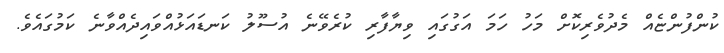
ކުންފުންޏެއް މެދުވެރިކޮށް މަހު ހަމަ އަގުގައި ވިޔާފާރި ކުރެވޭނެ އުސޫލު ކަނޑައަޅުއްވައިދެއްވާނެ ކަމުގައެވެ.